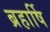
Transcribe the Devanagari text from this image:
ब्रहार्षि